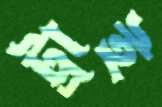
ট্রাই